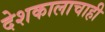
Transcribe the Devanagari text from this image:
देशकालाचाही